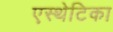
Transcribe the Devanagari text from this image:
एस्थेटिका